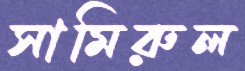
সামিরুল